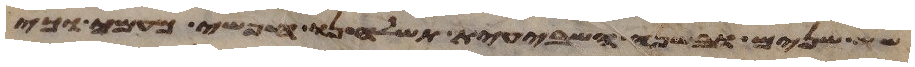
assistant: שש שנים ובשנה השביעית תשלחנו חפשי מעמך וכי